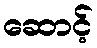
ဆောင့်